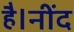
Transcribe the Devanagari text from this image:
है।नींद